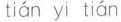
tián yi tián